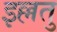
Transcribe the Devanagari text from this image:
इल्लतु